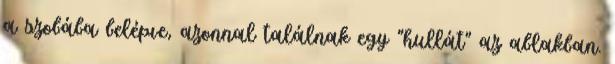
a szobába belépve, azonnal találnak egy ”hullát” az ablakban.